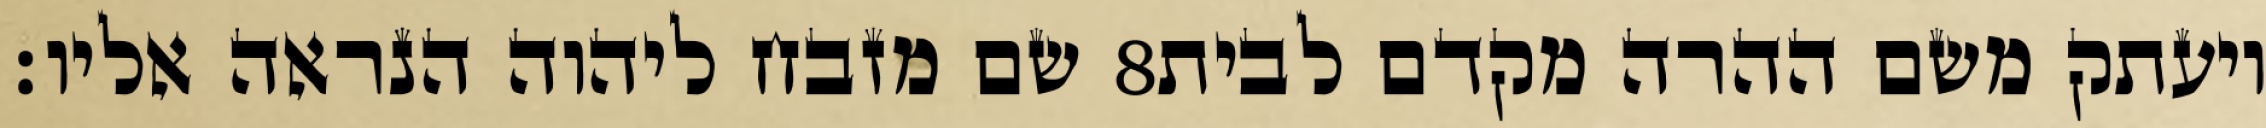
שם מזבח ליהוה הנראה אליו׃ ‎8‏ ויעתק משם ההרה מקדם לבית